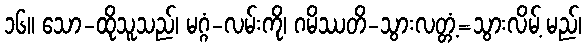
၁၆။ သော-ထိုသူသည်၊ မဂ္ဂံ-လမ်းကို၊ ဂမိဿတိ-သွားလတ္တံ့=သွားလိမ့် မည်၊